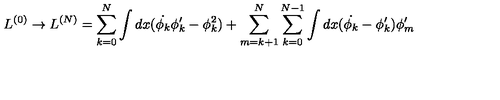
L ^ { ( 0 ) } \rightarrow L ^ { ( N ) } = \sum _ { k = 0 } ^ { N } \int d x ( \dot { \phi _ { k } } \phi _ { k } ^ { \prime } - \phi _ { k } ^ { 2 } ) + \sum _ { m = k + 1 } ^ { N } \sum _ { k = 0 } ^ { N - 1 } \int d x ( \dot { \phi _ { k } } - \phi _ { k } ^ { \prime } ) \phi _ { m } ^ { \prime }